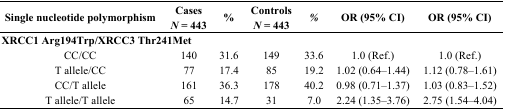
<table><thead><tr><td><b>Single nucleotide polymorphism</b></td><td><b>Cases<i>N</i> = 443</b></td><td><b>%</b></td><td><b>Controls<i>N</i> = 443</b></td><td><b><i>%</i></b></td><td><b>OR (95% CI)</b></td><td><b>OR (95% CI)</b></td></tr></thead><tbody><tr><td colspan="7"><b>XRCC1 Arg194Trp/XRCC3 Thr241Met</b></td></tr><tr><td>CC/CC</td><td>140</td><td>31.6</td><td>149</td><td>33.6</td><td>1.0 (Ref.)</td><td>1.0 (Ref.)</td></tr><tr><td>T allele/CC</td><td>77</td><td>17.4</td><td>85</td><td>19.2</td><td>1.02 (0.64–1.44)</td><td>1.12 (0.78–1.61)</td></tr><tr><td>CC/T allele</td><td>161</td><td>36.3</td><td>178</td><td>40.2</td><td>0.98 (0.71–1.37)</td><td>1.03 (0.83–1.52)</td></tr><tr><td>T allele/T allele</td><td>65</td><td>14.7</td><td>31</td><td>7.0</td><td>2.24 (1.35–3.76)</td><td>2.75 (1.54–4.04)</td></tr></tbody></table>